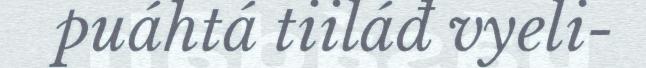
puáhtá tiiláđ vyeli-